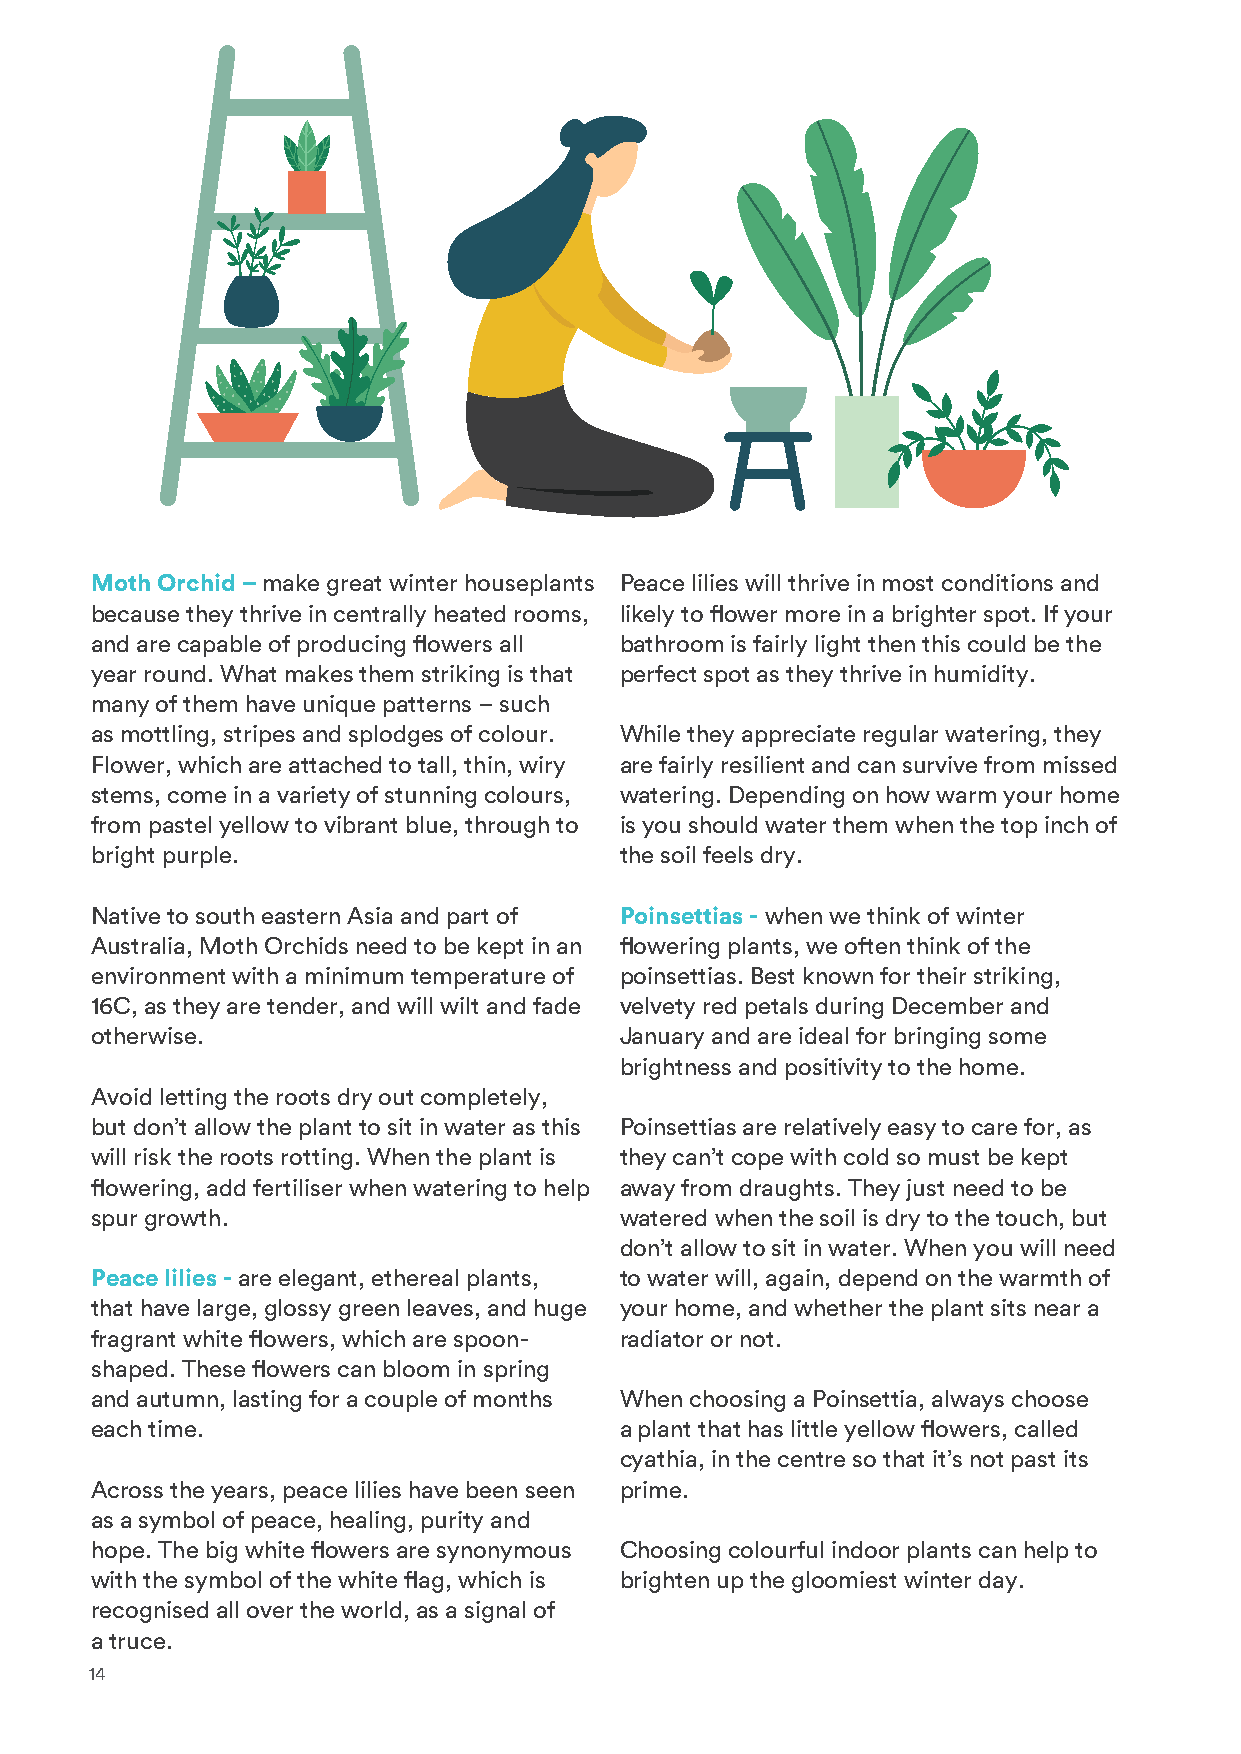
Moth Orchid – make great winter houseplants Peace lilies will thrive in most conditions and
 because they thrive in centrally heated rooms, likely to flower more in a brighter spot. If your
 and are capable of producing flowers all bathroom is fairly light then this could be the
 year round. What makes them striking is that perfect spot as they thrive in humidity.
 many of them have unique patterns – such
 as mottling, stripes and splodges of colour. While they appreciate regular watering, they
 Flower, which are attached to tall, thin, wiry are fairly resilient and can survive from missed
 stems, come in a variety of stunning colours, watering. Depending on how warm your home
 from pastel yellow to vibrant blue, through to is you should water them when the top inch of
 bright purple.                     the soil feels dry.
 Native to south eastern Asia and part of Poinsettias - when we think of winter
 Australia, Moth Orchids need to be kept in an flowering plants, we often think of the
 environment with a minimum temperature of poinsettias. Best known for their striking,
 16C, as they are tender, and will wilt and fade velvety red petals during December and
 otherwise.                         January and are ideal for bringing some
 brightness and positivity to the home.
 Avoid letting the roots dry out completely,
 but don’t allow the plant to sit in water as this Poinsettias are relatively easy to care for, as
 will risk the roots rotting. When the plant is they can’t cope with cold so must be kept
 flowering, add fertiliser when watering to help away from draughts. They just need to be
 spur growth.                       watered when the soil is dry to the touch, but
 don’t allow to sit in water. When you will need
 Peace lilies - are elegant, ethereal plants, to water will, again, depend on the warmth of
 that have large, glossy green leaves, and huge your home, and whether the plant sits near a
 fragrant white flowers, which are spoon- radiator or not.
 shaped. These flowers can bloom in spring
 and autumn, lasting for a couple of months When choosing a Poinsettia, always choose
 each time.                         a plant that has little yellow flowers, called
 cyathia, in the centre so that it’s not past its
 Across the years, peace lilies have been seen prime.
 as a symbol of peace, healing, purity and
 hope. The big white flowers are synonymous Choosing colourful indoor plants can help to
 with the symbol of the white flag, which is brighten up the gloomiest winter day.
 recognised all over the world, as a signal of
 a truce.
 14